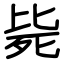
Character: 毙